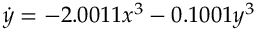
\dot { y } = - 2 . 0 0 1 1 x ^ { 3 } - 0 . 1 0 0 1 y ^ { 3 }